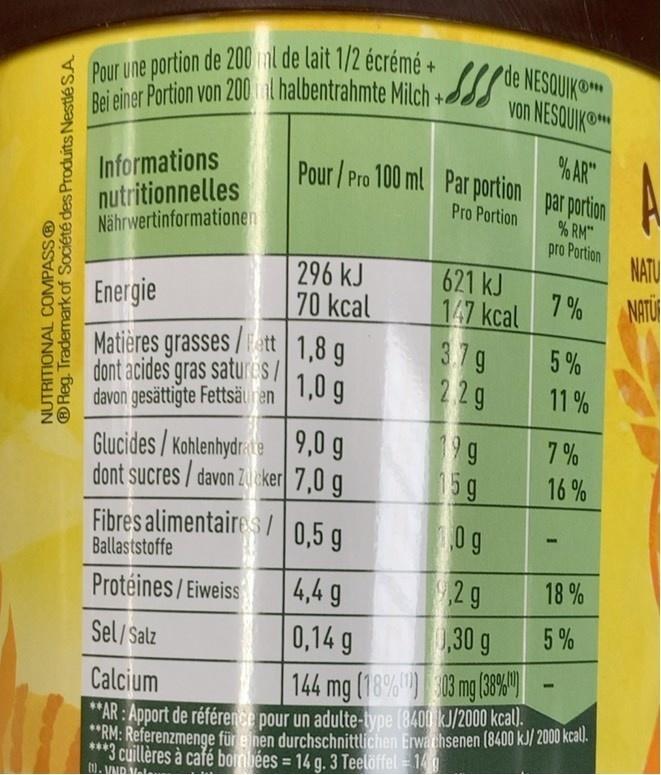
Pour une portion de 200 ml de lait 1/2 écrémé + Bei einer Portion von 200al halbentrahmte Milch +
de NESQUIKO Von NESQUIKO
Informations nutritionnelles Nährwertinformationen
% AR" Pour/Pro 100 ml Par portion par portion
Pro Portion
% RM" pro Portion NATU
296 kJ 70 kcal
621 kJ 147 kcal 3.7g 22g
Energie
7 %
NATU
Matières grasses/ett 1,8 g dont acides gras satures/ davon gesättigte Fettsäu ren 1,0 g
5%
11 %
19 g 5g
7 %
Glucides / Kohlenhydrate 9,0 g dont sucres / davon Zucker 7,0 g
16 %
Fibres alimentaires /0,5 g
0g
Ballaststoffe
,29 ,30 g
18 %
4,4 9 0,14 g
Protéines/Eiweiss
5%
Sel/ Salz
Calcium
144 mg (18% 03 mg (3%"|
"AR : Apport de référence pour un adulte-type (8400 kJ/2000 kcall.
RM: Referenzmenge für einen durchschnittlichen Erwathsenen (8400 kJ/ 2000 kcal.
*3 cuillères à café bombées = 14 g. 3 Teelöffel = 140 1). MIMD.
%3D
NUTRITIONAL COMPASS® ®Reg. Trademark of Société des Produits NestléSA
16